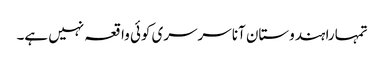
تمہارا ہندوستان آنا سرسری کوئی واقعہ نہیں ہے۔